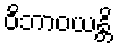
ဝိဘာဝယန္တိ